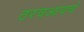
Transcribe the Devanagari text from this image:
ठरवआयचे